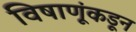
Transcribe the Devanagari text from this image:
विषाणूंकडून